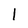
Character: 1